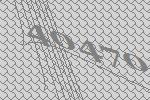
40470